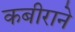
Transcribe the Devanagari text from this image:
कबीराने